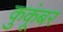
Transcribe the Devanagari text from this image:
कुकूंबर